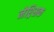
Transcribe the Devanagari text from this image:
नेश्र्सिक